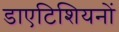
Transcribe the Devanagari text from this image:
डाएटिशियनों